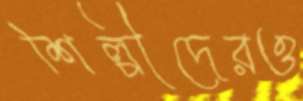
শিল্পীদেরও